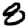
Digit: 8